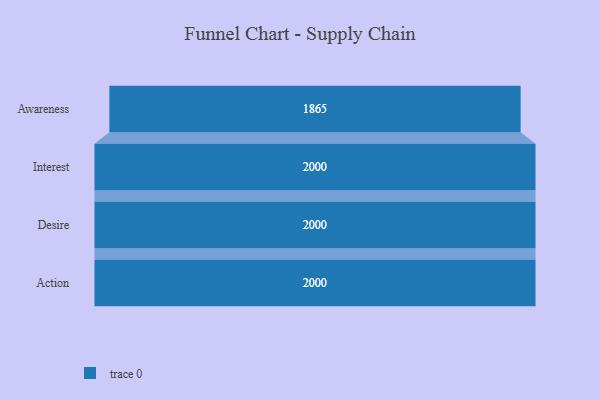
{"axis": {"x": "Stage", "y": "Value"}, "legend": [""], "data": [{"x": "Awareness", "y": 1865.0, "type": ""}, {"x": "Interest", "y": 2000, "type": ""}, {"x": "Desire", "y": 2000, "type": ""}, {"x": "Action", "y": 2000, "type": ""}]}